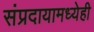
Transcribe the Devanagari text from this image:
संप्रदायामध्येही